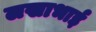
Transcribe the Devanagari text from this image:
लखाभाई